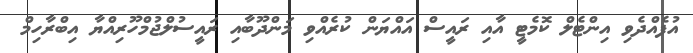
އުފެއްދެވި އިންޓެލް ކޮމެޓީ އާއި ރައީސް އައްޔަން ކުރެއްވި މަންދޫބާއި ރަައީސުލްޖުމްހޫރިއްޔާ އިބްރާހިމް